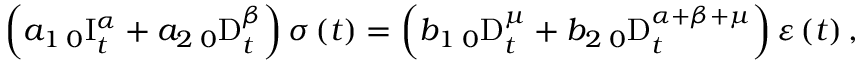
\left( a _ { 1 } \, _ { 0 } \mathrm { I } _ { t } ^ { \alpha } + a _ { 2 } \, _ { 0 } \mathrm { D } _ { t } ^ { \beta } \right) \sigma \left( t \right) = \left( b _ { 1 } \, _ { 0 } \mathrm { D } _ { t } ^ { \mu } + b _ { 2 } \, _ { 0 } \mathrm { D } _ { t } ^ { \alpha + \beta + \mu } \right) \varepsilon \left( t \right) ,